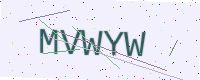
Text: MVWYW